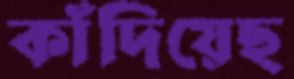
কাঁদিয়েছ